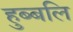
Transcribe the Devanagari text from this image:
हुब्बलि